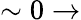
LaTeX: \sim 0\rightarrow